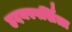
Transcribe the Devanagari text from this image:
हृदयस्पर्शिता